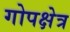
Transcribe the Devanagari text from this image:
गोपक्षेत्र